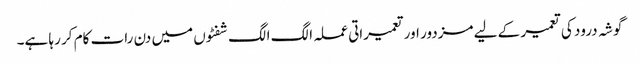
گوشہ درود کی تعمیر کے لیے مزدور اور تعمیراتی عملہ الگ الگ شفٹوں میں دن رات کام کر رہا ہے۔